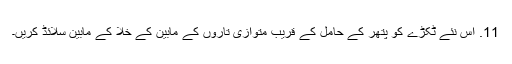
11. اس نئے ٹکڑے کو پتھر کے حامل کے قریب متوازی تاروں کے مابین کے خلا کے مابین سلائڈ کریں۔